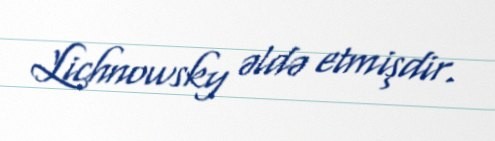
Lichnowsky əldə etmişdir.